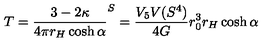
T = \frac { 3 - 2 \kappa } { 4 \pi r _ { H } \cosh \alpha } \sp S = \frac { V _ { 5 } V ( S ^ { 4 } ) } { 4 G } r _ { 0 } ^ { 3 } r _ { H } \cosh \alpha